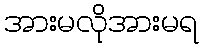
အားမလိုအားမရ